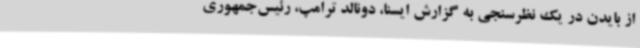
از بایدن در یک نظرسنجی به گزارش ایسنا، دونالد ترامپ، رئیس‌جمهوری